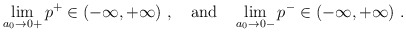
\begin{align*}\lim_{a_0\to0+}p^+\in(-\infty,+\infty)~, \quad\hbox{and}\quad \lim_{a_0\to0-}p^-\in(-\infty,+\infty)~.\end{align*}